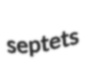
septets